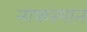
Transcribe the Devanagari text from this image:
नाफ़रमान